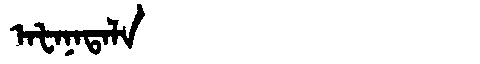
Manchu: ᠠᡶᠠᠨᠠᡨᠠᠯᠠ
Romanization: AFANATALA